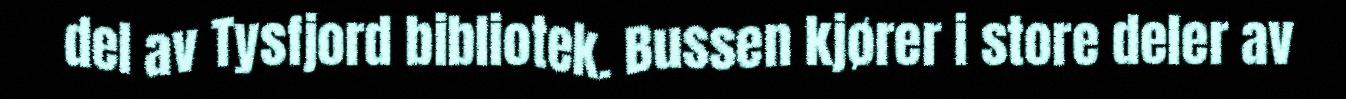
del av Tysfjord bibliotek. Bussen kjører i store deler av